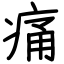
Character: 痛